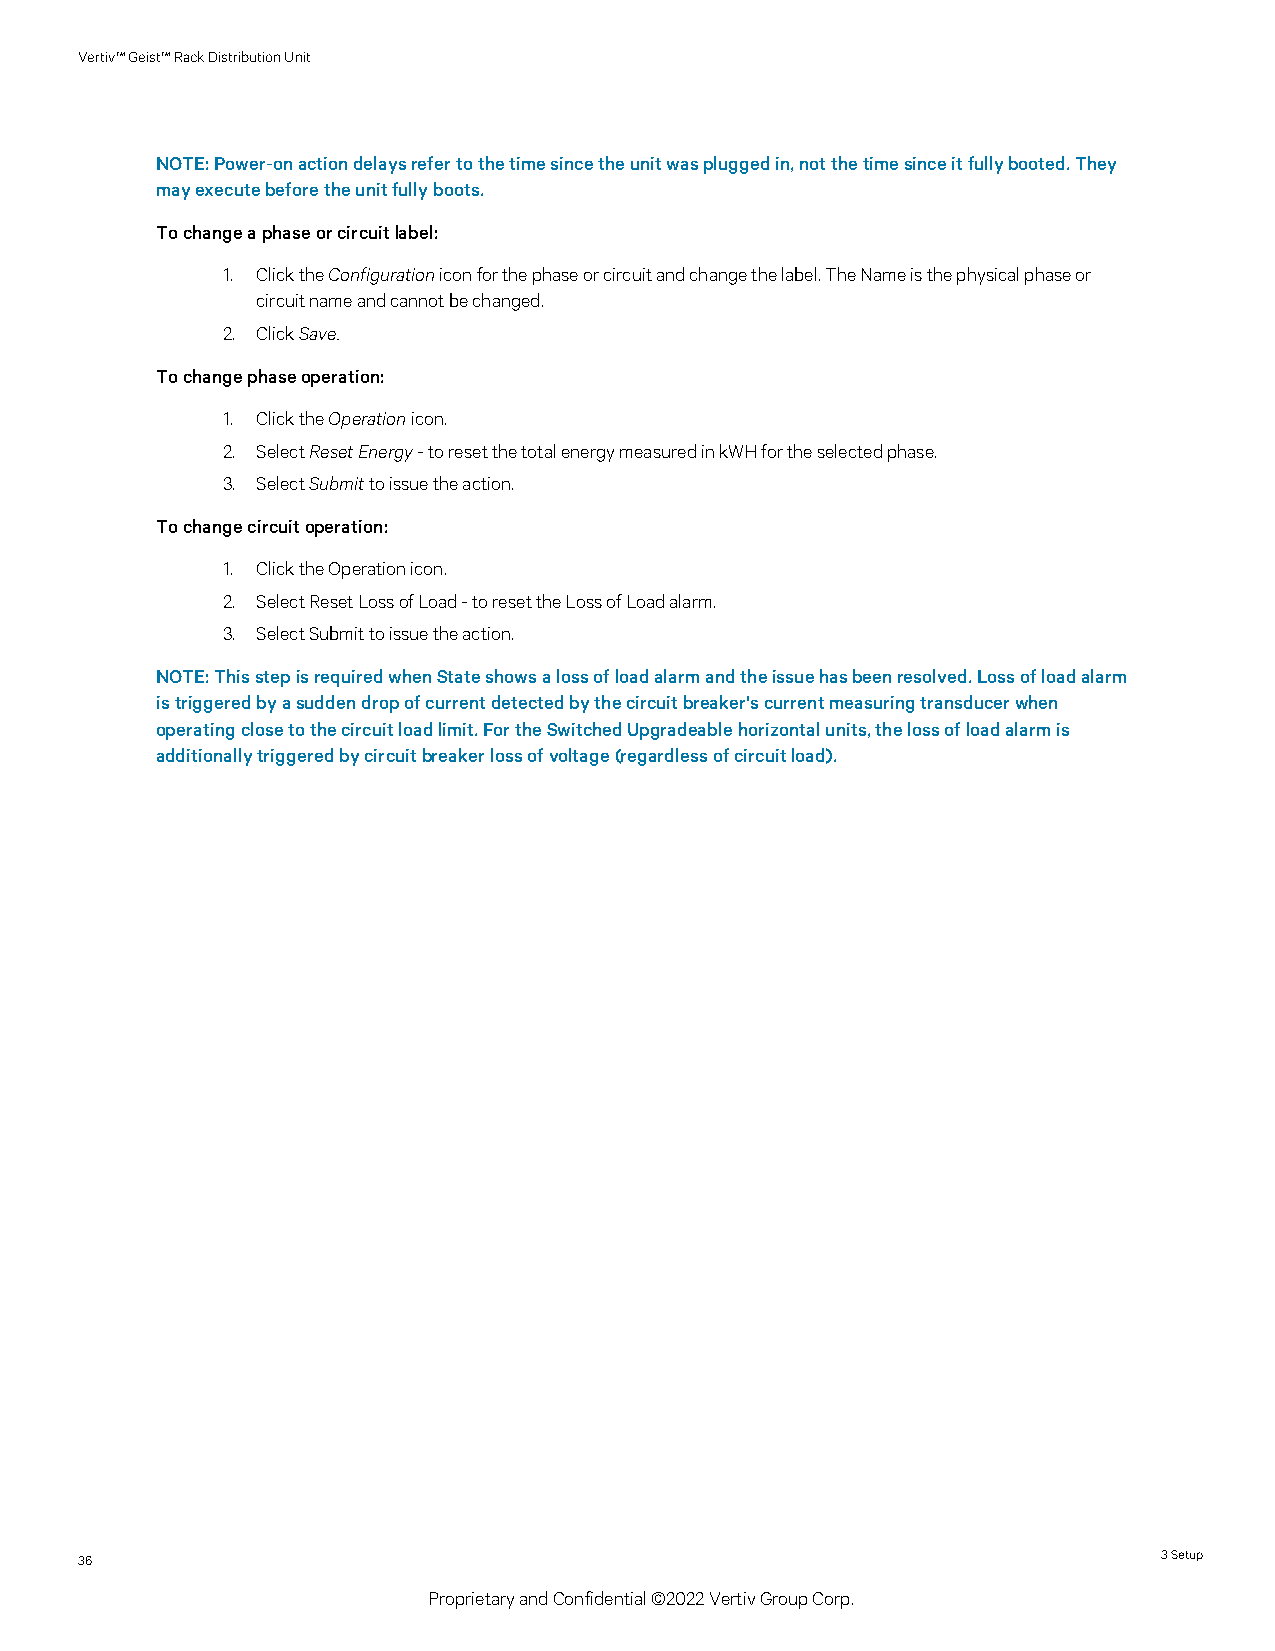
Vertiv™Geist™RackDistributionUnit
 NOTE:Power-onactiondelaysrefertothetimesincetheunitwaspluggedin,notthetimesinceitfullybooted.They
 mayexecutebeforetheunitfullyboots.
 Tochangeaphaseorcircuitlabel:
 1. ClicktheConfigurationiconforthephaseorcircuitandchangethelabel.TheNameisthephysicalphaseor
 circuitnameandcannotbechanged.
 2. ClickSave.
 Tochangephaseoperation:
 1. ClicktheOperationicon.
 2. SelectResetEnergy-toresetthetotalenergymeasuredinkWHfortheselectedphase.
 3. SelectSubmittoissuetheaction.
 Tochangecircuitoperation:
 1. ClicktheOperationicon.
 2. SelectResetLossofLoad-toresettheLossofLoadalarm.
 3. SelectSubmittoissuetheaction.
 NOTE:ThisstepisrequiredwhenStateshowsalossofloadalarmandtheissuehasbeenresolved.Lossofloadalarm
 istriggeredbyasuddendropofcurrentdetectedbythecircuitbreaker'scurrentmeasuringtransducerwhen
 operatingclosetothecircuitloadlimit.FortheSwitchedUpgradeablehorizontalunits,thelossofloadalarmis
 additionallytriggeredbycircuitbreakerlossofvoltage(regardlessofcircuitload).
 36                                                                      3Setup
 ProprietaryandConfidential©2022VertivGroupCorp.